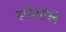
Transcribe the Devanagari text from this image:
सांगतले